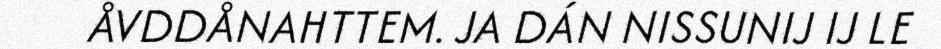
ÅVDDÅNAHTTEM. JA DÁN NISSUNIJ IJ LE